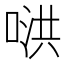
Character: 𪡥